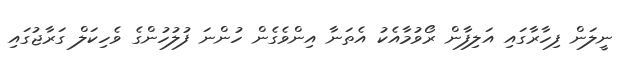
ނީލަން ފިހާރާގައި އަލިފާން ރޯވުމާއެކު އެތަނާ އިންވެގެން ހުންނަ ފުލުހުންގެ ވެހިކަލް ގަރާޖުގައި